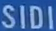
SIDI